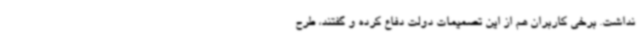
نداشت. برخی کاربران هم از این تصمیمات دولت دفاع کرده و گفتند، طرح